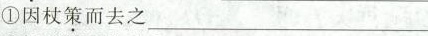
①因杖\underset{·}{策}而去之___